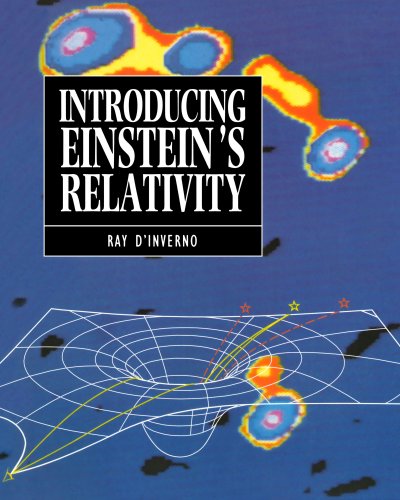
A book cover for Introducing Einstein's Relativity; Ray d'Inverno; Science & Math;